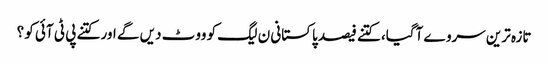
تازہ ترین سروے آگیا، کتنے فیصد پاکستانی ن لیگ کو ووٹ دیں گے اور کتنے پی ٹی آئی کو ؟